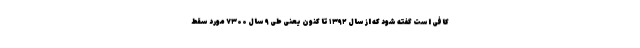
کافی است گفته شود که از سال ۱۳۹۲ تا کنون یعنی طی ۹ سال ۷۳۰۰ مورد سقط